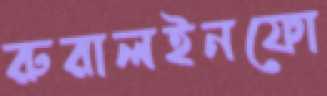
রুরালইনফো